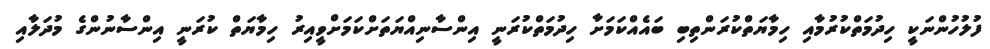
ފުލުހުންނަކީ ހިދުމަތްކުރުމާއި ހިމާޔަތްކުރަންތިބި ބައެއްކަމަށާ ހިދުމަތްކުރަނީ އިންސާނިއްޔަތަށްކަމަށްވީއިރު ހިމާޔަތް ކުރަނީ އިންސާނުންގެ މުދަލާއި